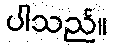
ပါသည်။